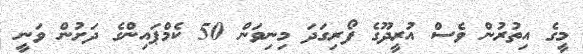
މީގެ އިތުރުން ވެސް އުރީދޫގެ ފޯރިގަދަ މިނިވަން 50 ކެމްޕައިންގެ ދަށުން ވަނީ